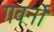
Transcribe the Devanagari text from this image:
गवर्नो